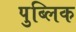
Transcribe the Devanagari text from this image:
पुब्लिक